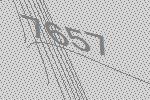
7657